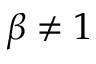
\beta \neq 1